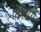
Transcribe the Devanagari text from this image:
पंत्तियों